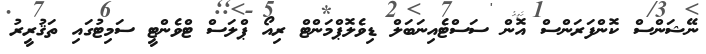
ނޭޝަންސް ކޮންފަރަންސް އޮން ސަސްޓެއިނަބަލް ޑިވެލޮޕްމަންޓް ރިއޯ ޕްލަސް ޓްވެންޓީ ސަމިޓުގައި ތަޤުރީރު